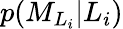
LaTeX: p({M}_{L_{i}}\vert L_{i})